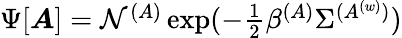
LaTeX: \begin{array}{r}{\Psi[\boldsymbol{A}]=\mathcal{N}^{(A)}\exp(-\frac{1}{2}\beta^{(A)}\Sigma^{({A^{(w)}})})}\end{array}